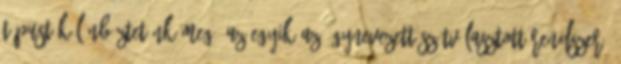
típust különböztetünk meg. Az egyik az úgynevezett szétválasztott rendszer,